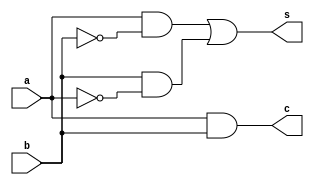
module halfadder(s, c, a, b);
    output s, c;
    input  a, b;
    wire   w1, w2, not_a, not_b;

    // the "c" output is just the AND of the two inputs
    and a1(c, a, b);

    // the "s" output is 1 only when exactly one of the inputs is 1
    not n1(not_a, a);
    not n2(not_b, b);
    and a2(w1, a, not_b);
    and a3(w2, b, not_a);
    or  o1(s, w1, w2);
endmodule 

module fulladder(s, cout, a, b, cin);
   output s, cout;
   input  a, b, cin;
   wire   partial_s, partial_c1, partial_c2;

   halfadder ha0(partial_s, partial_c1, a, b);
   halfadder ha1(s, partial_c2, partial_s, cin);
   or  o1(cout, partial_c1, partial_c2);
   
endmodule